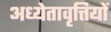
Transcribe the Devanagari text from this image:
अध्येतावृत्तियों